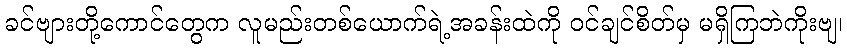
ခင်ဗျားတို့ကောင်တွေက လူမည်းတစ်ယောက်ရဲ့အခန်းထဲကို ဝင်ချင်စိတ်မှ မရှိကြဘဲကိုးဗျ၊